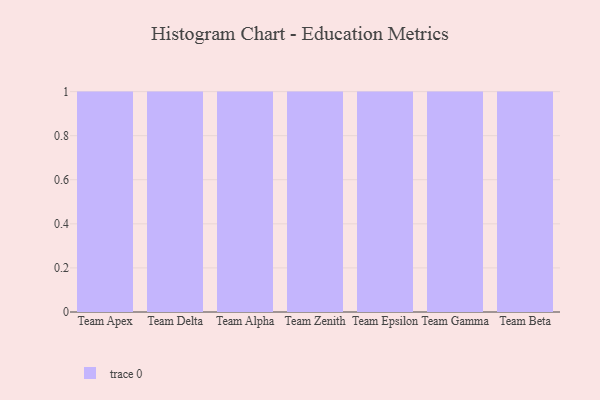
{"axis": {"x": "Team", "y": "Waste Production (Tons)"}, "legend": [""], "data": [{"x": "Team Apex", "y": 11, "type": ""}, {"x": "Team Delta", "y": 17, "type": ""}, {"x": "Team Alpha", "y": 52, "type": ""}, {"x": "Team Zenith", "y": 34, "type": ""}, {"x": "Team Epsilon", "y": 18, "type": ""}, {"x": "Team Gamma", "y": 3, "type": ""}, {"x": "Team Beta", "y": 27, "type": ""}]}